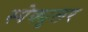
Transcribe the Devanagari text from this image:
स्पेक्युलर